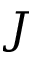
J